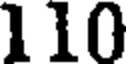
110